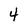
Character: 4